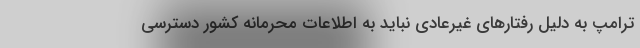
ترامپ به دلیل رفتارهای غیرعادی نباید به اطلاعات محرمانه کشور دسترسی